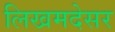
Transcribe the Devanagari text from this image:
लिखमदेसर